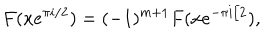
LaTeX: F ( x e ^ { \pi i / 2 } ) = ( - 1 ) ^ { m + 1 } F ( x e ^ { - \pi i / 2 } ) ,